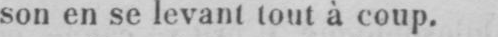
son en se levant tout à coup.